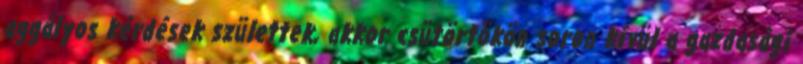
aggályos kérdések születtek, akkor csütörtökön soron kívül a gazdasági